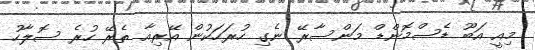
މިއީ އަބޫ ޑެސްމޮންޑް މަންސާރޭ ނެގި ހުރަހަކުން އޭރިއާ ތެރޭ ހުރެ ސޮލާހު